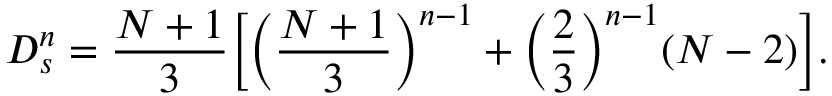
D _ { s } ^ { n } = \frac { N + 1 } { 3 } \Bigl [ \Bigl ( \frac { N + 1 } { 3 } \Bigr ) ^ { n - 1 } + \Bigl ( \frac { 2 } { 3 } \Bigr ) ^ { n - 1 } ( N - 2 ) \Bigr ] .